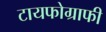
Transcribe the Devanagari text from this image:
टायफोग्राफी